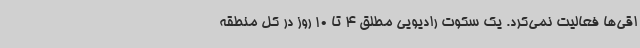
اقی‌ها فعالیت نمی‌کرد. یک سکوت رادیویی مطلق 4 تا 10 روز در کل منطقه